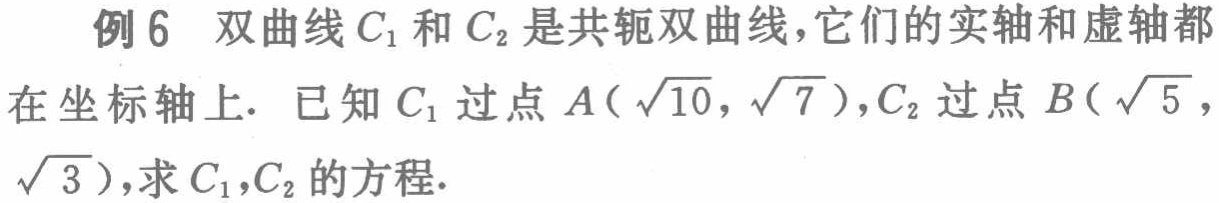
例 6 双曲线\(C_{1}\)和\(C_{2}\)是共轭双曲线，它们的实轴和虚轴都在坐标轴上. 已知\(C_{1}\)过点\(A(\sqrt{10},\sqrt{7})\)，\(C_{2}\)过点\(B(\sqrt{5},\sqrt{3})\)，求\(C_{1}\)，\(C_{2}\)的方程.